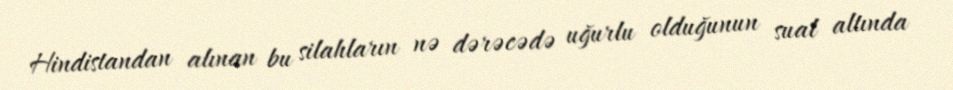
Hindistandan alınan bu silahların nə dərəcədə uğurlu olduğunun sual altında